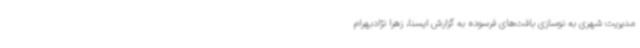
مدیریت شهری به نوسازی بافت‌های فرسوده به گزارش ایسنا، زهرا نژادبهرام